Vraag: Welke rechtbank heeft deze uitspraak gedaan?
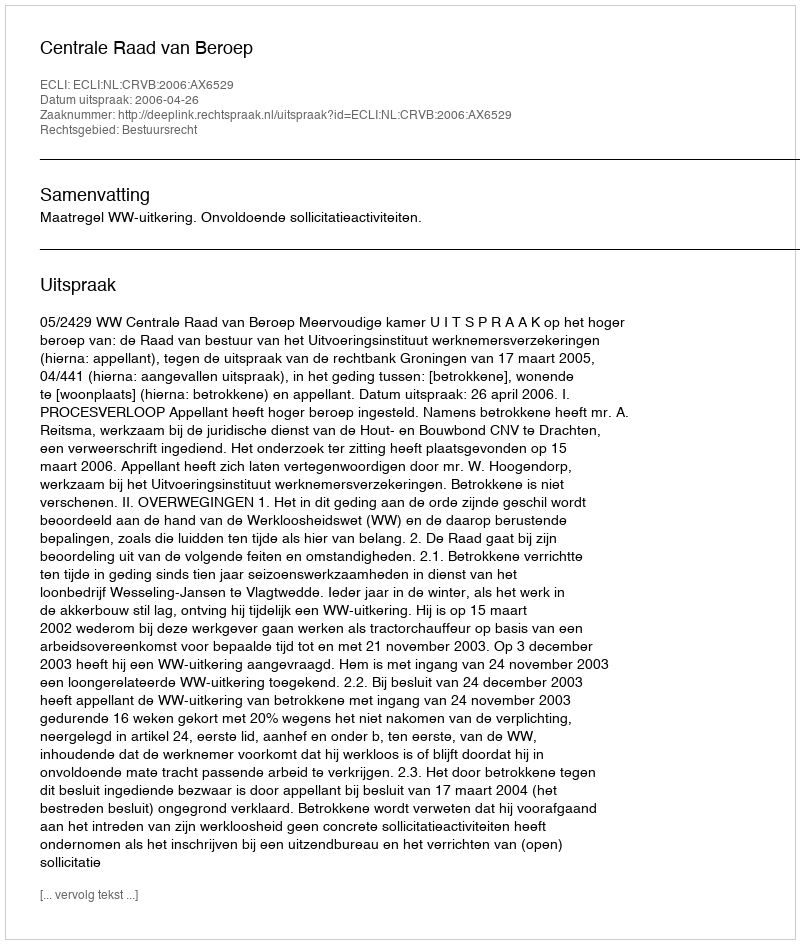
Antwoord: Centrale Raad van Beroep